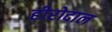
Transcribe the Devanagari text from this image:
हीरोदाल